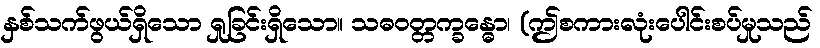
နှစ်သက်ဖွယ်ရှိသော ရှုခြင်းရှိသော။ သဓဝတ္တက္ခန္ဓော၊ (ဤစကားလုံးပေါင်းစပ်မှုသည်